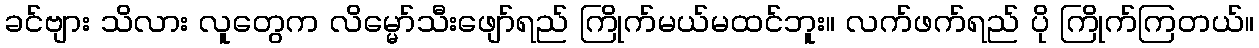
ခင်ဗျား သိလား လူတွေက လိမ္မော်သီးဖျော်ရည် ကြိုက်မယ်မထင်ဘူး။ လက်ဖက်ရည် ပို ကြိုက်ကြတယ်။